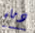
دماء